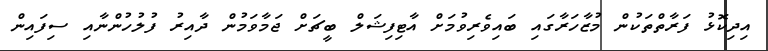
އިދިކޮޅު ފަރާތްތަކުން މުޒާހަރާގައި ބައިވެރިވުމަށް އާޓިފިޝަލް ބީޗަށް ޖަމާވަމުން ދާއިރު ފުލުހުންނާއި ސިފައިން